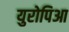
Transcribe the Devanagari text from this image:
युरोपिआ